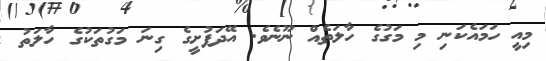
މިއީ ހަމައެކަނި މި މަގުގެ ހާލަތެއް ނޫނެވެ. އޭދަފުށީގެ ގިނަ މަގުތަކުގެ ހާލަތު